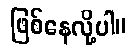
ဖြစ်နေလို့ပါ။